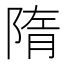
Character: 隋